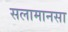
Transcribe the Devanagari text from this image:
सलामानसा